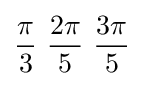
{\pi  \over 3}\ {2\pi  \over 5}\ {3\pi  \over 5}